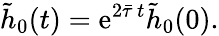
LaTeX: \tilde{h}_{0}(t)=\mathrm{e}^{2\bar{\tau}\, t}\tilde{h}_{0}(0).